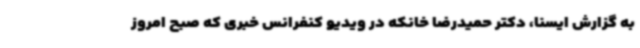
به گزارش ایسنا، دکتر حمیدرضا خانکه در ویدیو کنفرانس خبری که صبح امروز